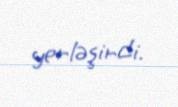
yerləşirdi.